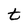
Character: t